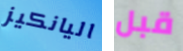
اليانكيز قبل